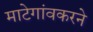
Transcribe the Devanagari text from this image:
माटेगांवकरने